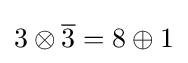
3\otimes {\overline {3}}=8\oplus 1